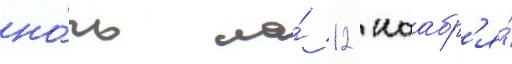
но́чь на́ 12 ноабр'я́